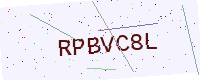
Text: RPBVC8L